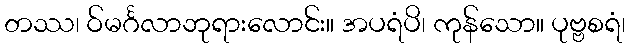
တဿ၊ ဝ်မင်္ဂလာဘုရားလောင်း။ အပရံပိ၊ ကုန်သော။ ပုဗ္ဗစရံ၊